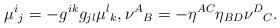
LaTeX: \begin{align*}\mu^{i}{}_{j}=-g^{ik}g_{jl}\mu^{l}{}_{k},\nu^{A}{}_{B}=-\eta^{AC}\eta_{BD}\nu^{D}{}_{C}.\end{align*}